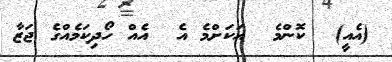
(އެއީ)  ކޮންމެ  އަކަށްމެ އެ  އެއް ހޯދިކަމެއްގެ ޖަޒާ